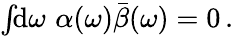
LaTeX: \begin{array}{r}{\int\! \! \mathrm{d}\omega\, \, \alpha(\omega)\bar{\beta}(\omega)=0\, .}\end{array}